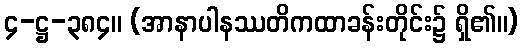
၄-ဋ္ဌ-၃၈၄။ (အာနာပါနဿတိကထာခန်းတိုင်း၌ ရှိ၏။)